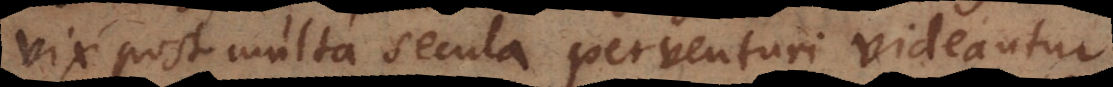
vix post multa secula perventuri videantur.